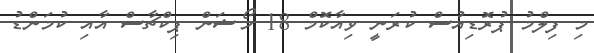
މި ފިލްމު ޕުރޮޑިއުސް ކުރަނީ ވިއާކޮމް 18 މޯޝަން ޕިކްޗާސް އާއި ކުމަންޑު